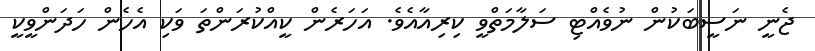
ޖެނީ ނަސީބަކުން ނުވެއްޓި ސަލާމަތްވީ ކިރިއާއެވެ. އަހަރެން ކީއްކުރަންތަ ވަކި އެހެން ހަދަންވީކީ